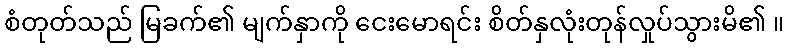
စံတုတ်သည် မြခက်၏ မျက်နှာကို ငေးမောရင်း စိတ်နှလုံးတုန်လှုပ်သွားမိ၏ ။